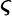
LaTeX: \varsigma